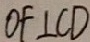
O F \bot C D